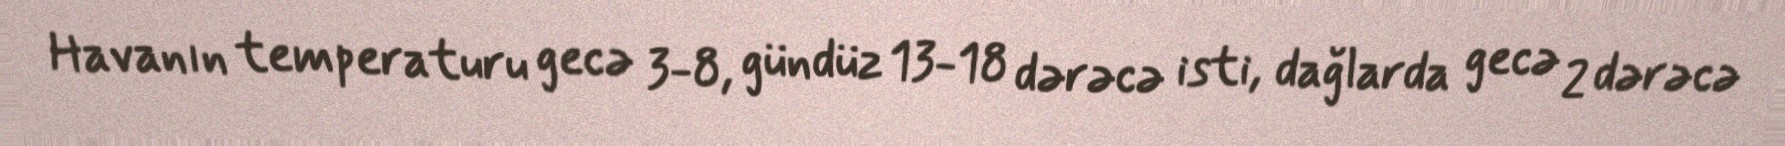
Havanın temperaturu gecə 3-8, gündüz 13-18 dərəcə isti, dağlarda gecə 2 dərəcə